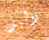
دليل